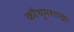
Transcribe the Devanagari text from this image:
कौथुमशाखा